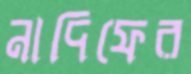
নাদিফের